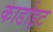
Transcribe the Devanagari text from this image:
कार्डाइट